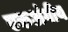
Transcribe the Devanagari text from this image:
एकअंगीय